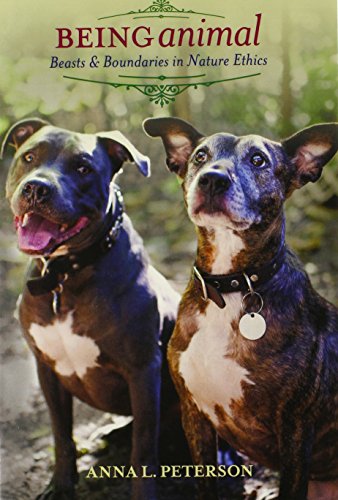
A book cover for Being Animal: Beasts and Boundaries in Nature Ethics (Critical Perspectives on Animals: Theory, Culture, Science, and Law); Anna Peterson; Politics & Social Sciences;